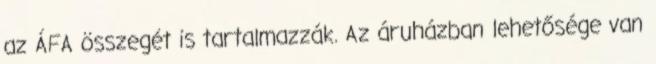
az ÁFA összegét is tartalmazzák. Az áruházban lehetősége van